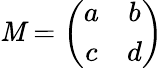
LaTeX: \mathit{M}=\left(\begin{array}{cc}{{a}}&{{b}}\\ {{c}}&{{d}}\end{array}\right)